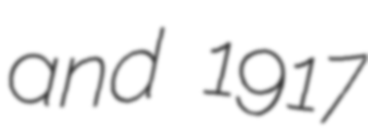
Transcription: and 1917